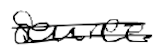
Text: source
Cross-out: double-line
Writing tool: digital_black